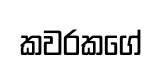
කවරකගේ